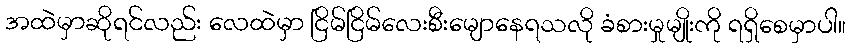
အထဲမှာဆိုရင်လည်း လေထဲမှာ ငြိမ်ငြိမ်လေးစီးမျောနေရသလို ခံစားမှုမျိုးကို ရရှိစေမှာပါ။